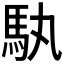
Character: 𮩳